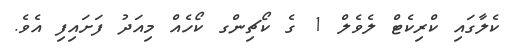
ކެލާގައި ކްރިކެޓް ލެވެލް 1 ގެ ކޯޗިންގ ކޯހެއް މިއަދު ފަށައިފި އެވެ.